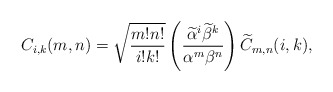
\begin{align*}C_{i,k}(m,n)=\sqrt{\frac{m!n!}{i!k!}}\left(\frac{\widetilde{\alpha}^i\widetilde{\beta}^k}{\alpha^{m}\beta^{n}}\right)\widetilde{C}_{m,n}(i,k),\end{align*}